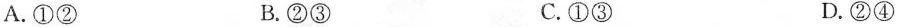
A.①② B.②③ C.①③ D.②④